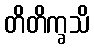
တိတိက္ခသိ